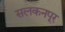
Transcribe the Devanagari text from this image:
सलकनपूर